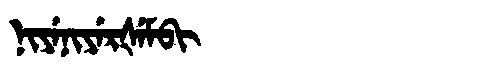
Manchu: ᠨᡳᠶᡝᠨᡳᠶᡝᡵᡧᡝᠮᠪᡳ
Romanization: NIYENIYERŠEMBI